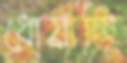
ধোয়াচ্ছি